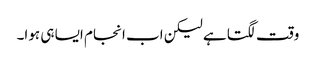
وقت لگتا ہے لیکن اب انجام ایسا ہی ہوا۔